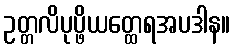
ဥတ္တလိပုပ္ဖိယတ္ထေရအပဒါန။